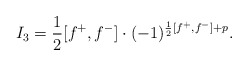
\begin{align*}I_3=\frac{1}{2}[f^+,f^-]\cdot(-1)^{\frac{1}{2}[f^+,f^-]+p}.\end{align*}